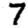
Digit: 7